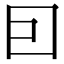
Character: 囙